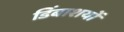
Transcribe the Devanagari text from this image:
डिंबाशयों